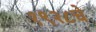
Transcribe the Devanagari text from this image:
१९२८चे